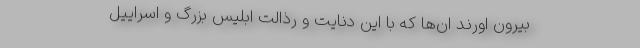
بیرون اورند ان‌ها که با این دنایٔت و رذالتِ ابلیس بزرگ و اسرایٔیل